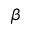
\beta